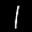
Label: 1